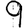
Digit: 9